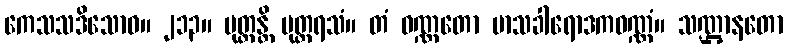
ကေသသဒိသောဝ။ ၂၁၃။ မုတ္တန္တိ မုတ္တရသံ။ တံ ဝဏ္ဏတော မာသခါရောဒကဝဏ္ဏံ။ သဏ္ဌာနတော